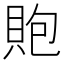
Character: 𧵢